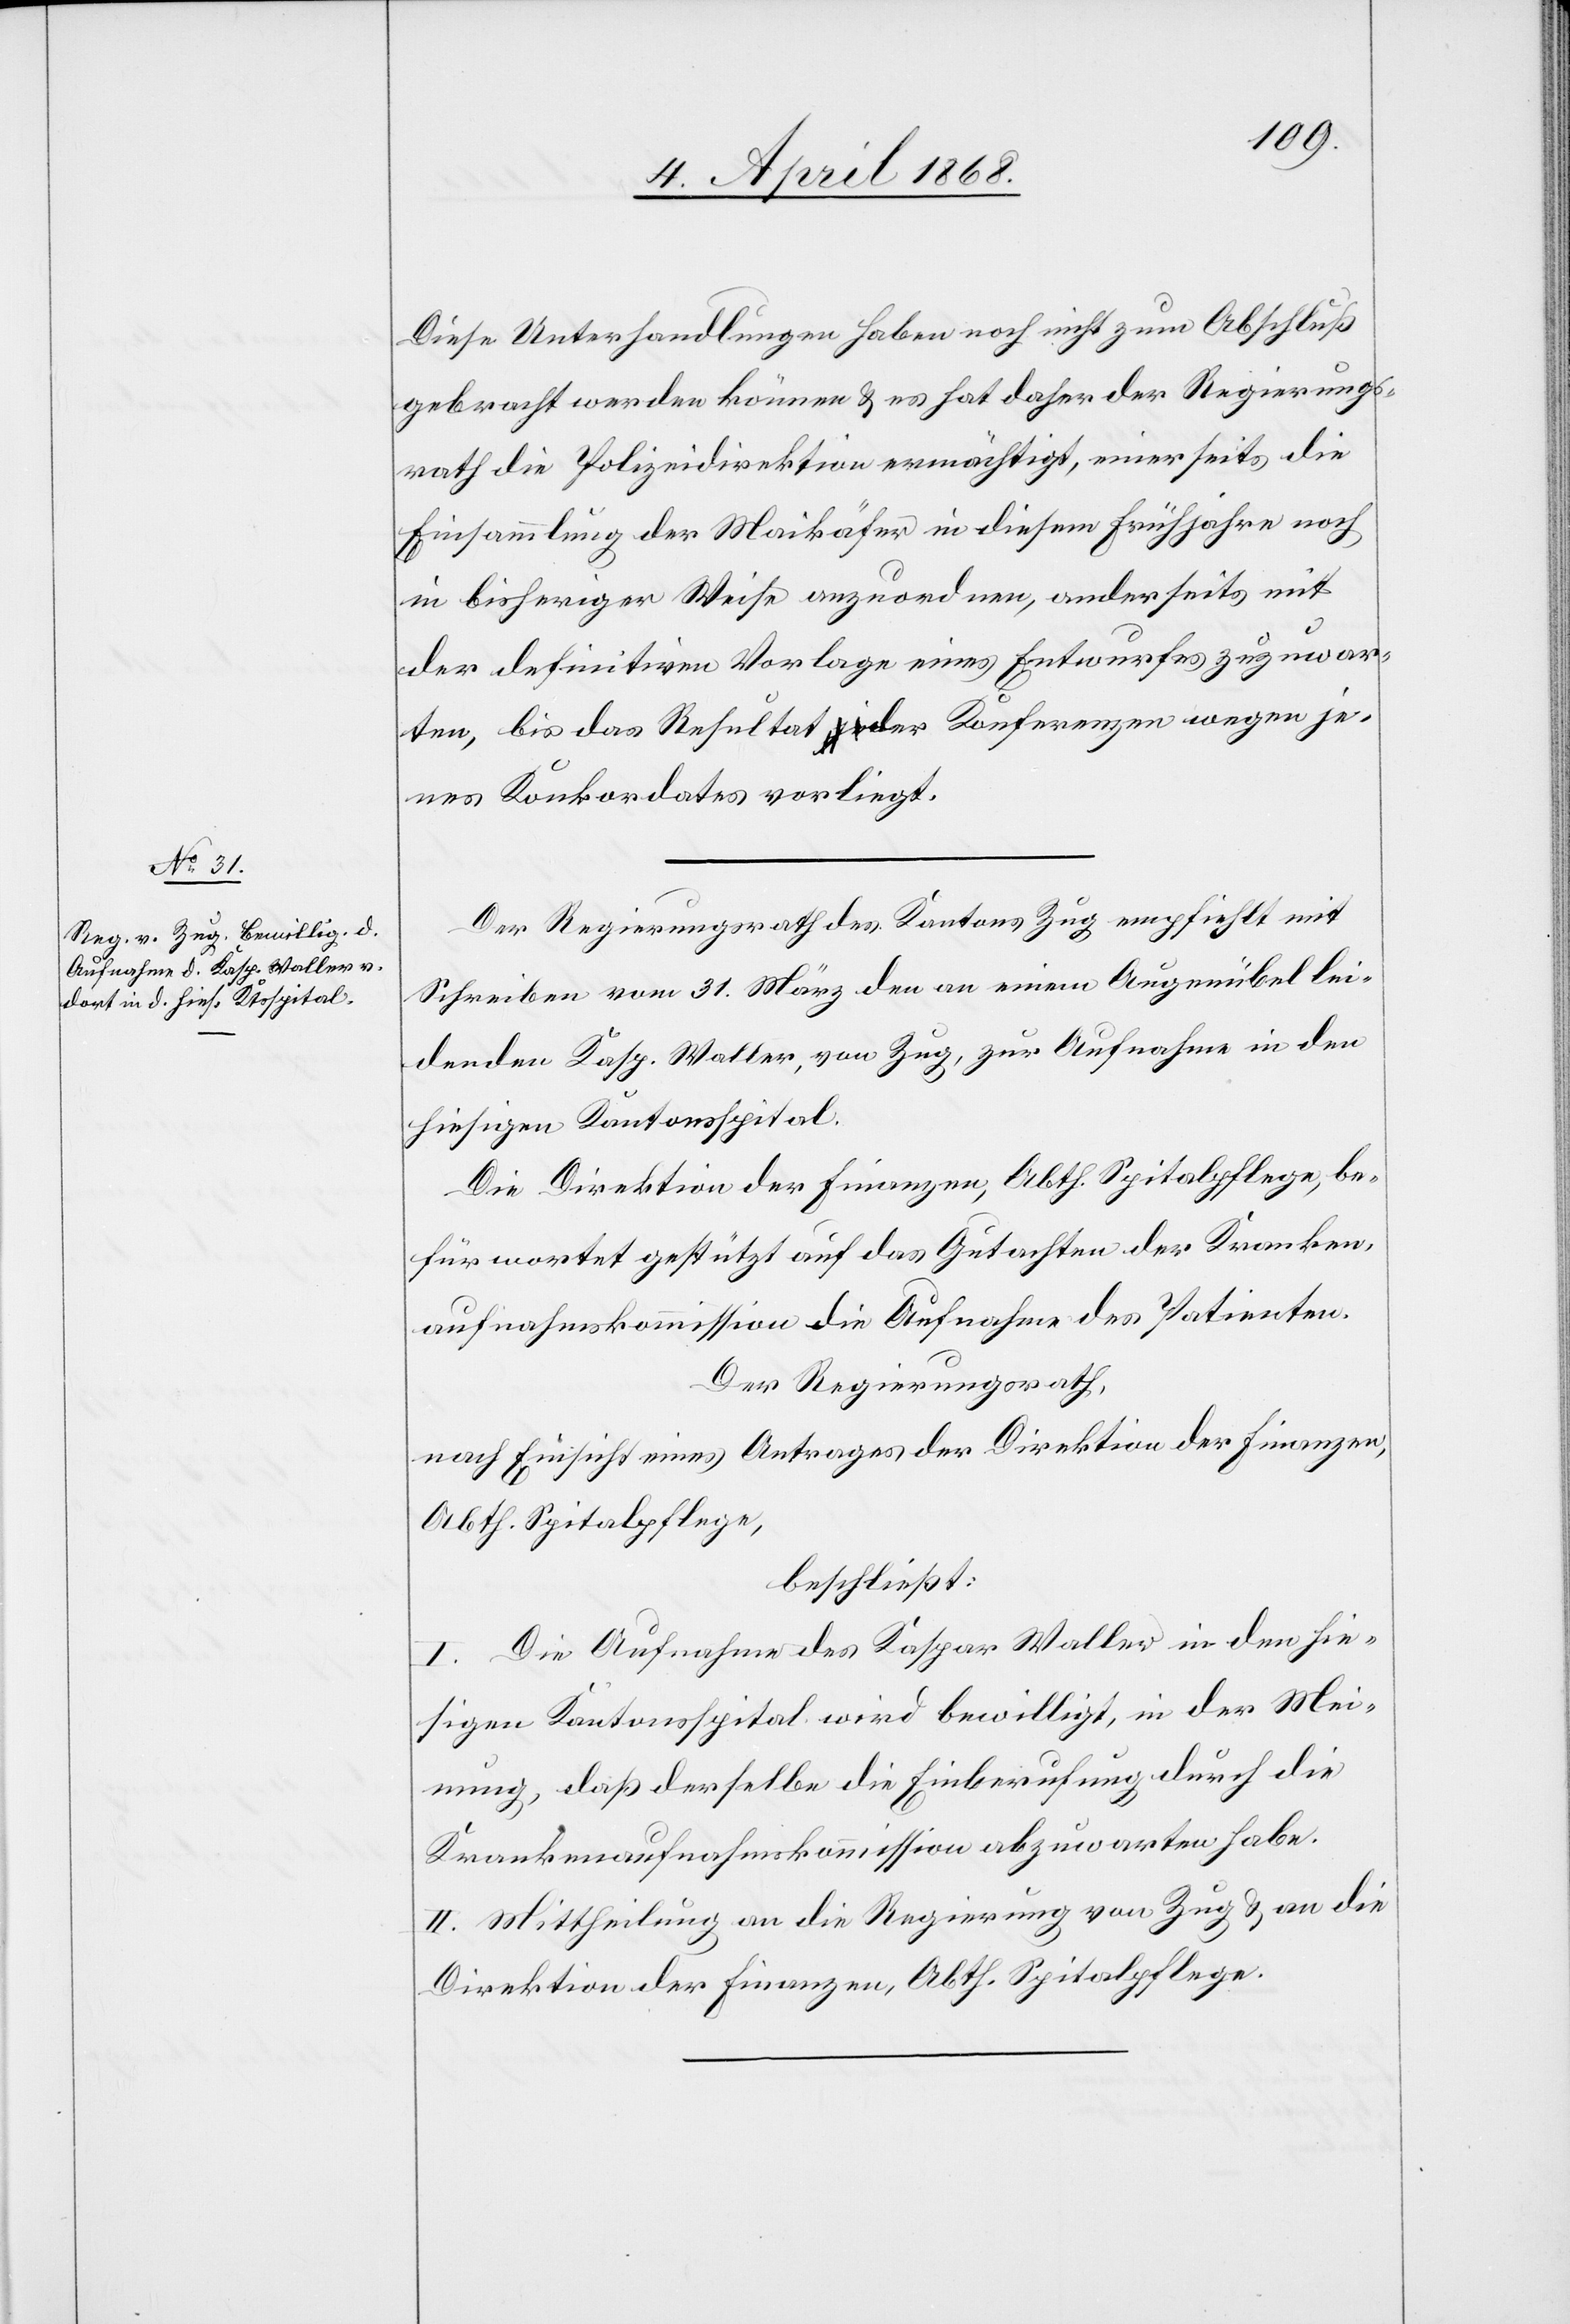
Diese Unterhandlungen haben noch nicht zum Abschluß
gebracht werden können & es hat daher der Regierungs¬
rath die Polizeidirektion ermächtigt, einerseits die
Einsammlung der Maikäfer in diesem Frühjahre noch
in bisheriger Weise anzuordnen, anderseits mit
der definitiven Vorlage eines Entwurfes zuzuwar¬
ten, bis das Resultat der Konferenzen wegen je¬
nes Konkordates vorliegt.
Der Regierungsrath des Kantons Zug empfiehlt mit
Schreiben vom 31. März den an einem Augenübel lei¬
denden Kasp. Waller, von Zug, zur Aufnahme in den
hiesigen Kantonsspital.
Die Direktion der Finanzen, Abth. Spitalpflege, be¬
fürwortet gestützt auf das Gutachten der Kranken¬
aufnahmskommission die Aufnahme des Patienten.
Der Regierungsrath,
nach Einsicht eines Antrages der Direktion der Finanzen,
Abth. Spitalpflege,
beschließt:
I. Die Aufnahme des Kaspar Waller in den hie¬
sigen Kantonsspital wird bewilligt, in der Mei¬
nung, daß derselbe die Einberufung durch die
Krankenaufnahmskommission abzuwarten habe.
II. Mittheilung an die Regierung von Zug & an die
Direktion der Finanzen, Abth. Spitalpflege.